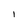
Character: l